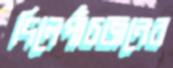
দিলেপাঁচজনের